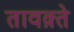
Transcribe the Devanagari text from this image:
तावक़्ते